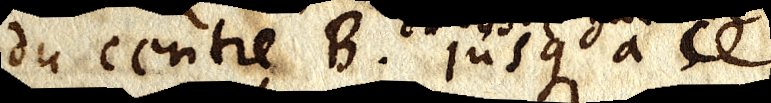
du centre B. jusqu’a ce